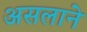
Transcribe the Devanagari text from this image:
असलाने